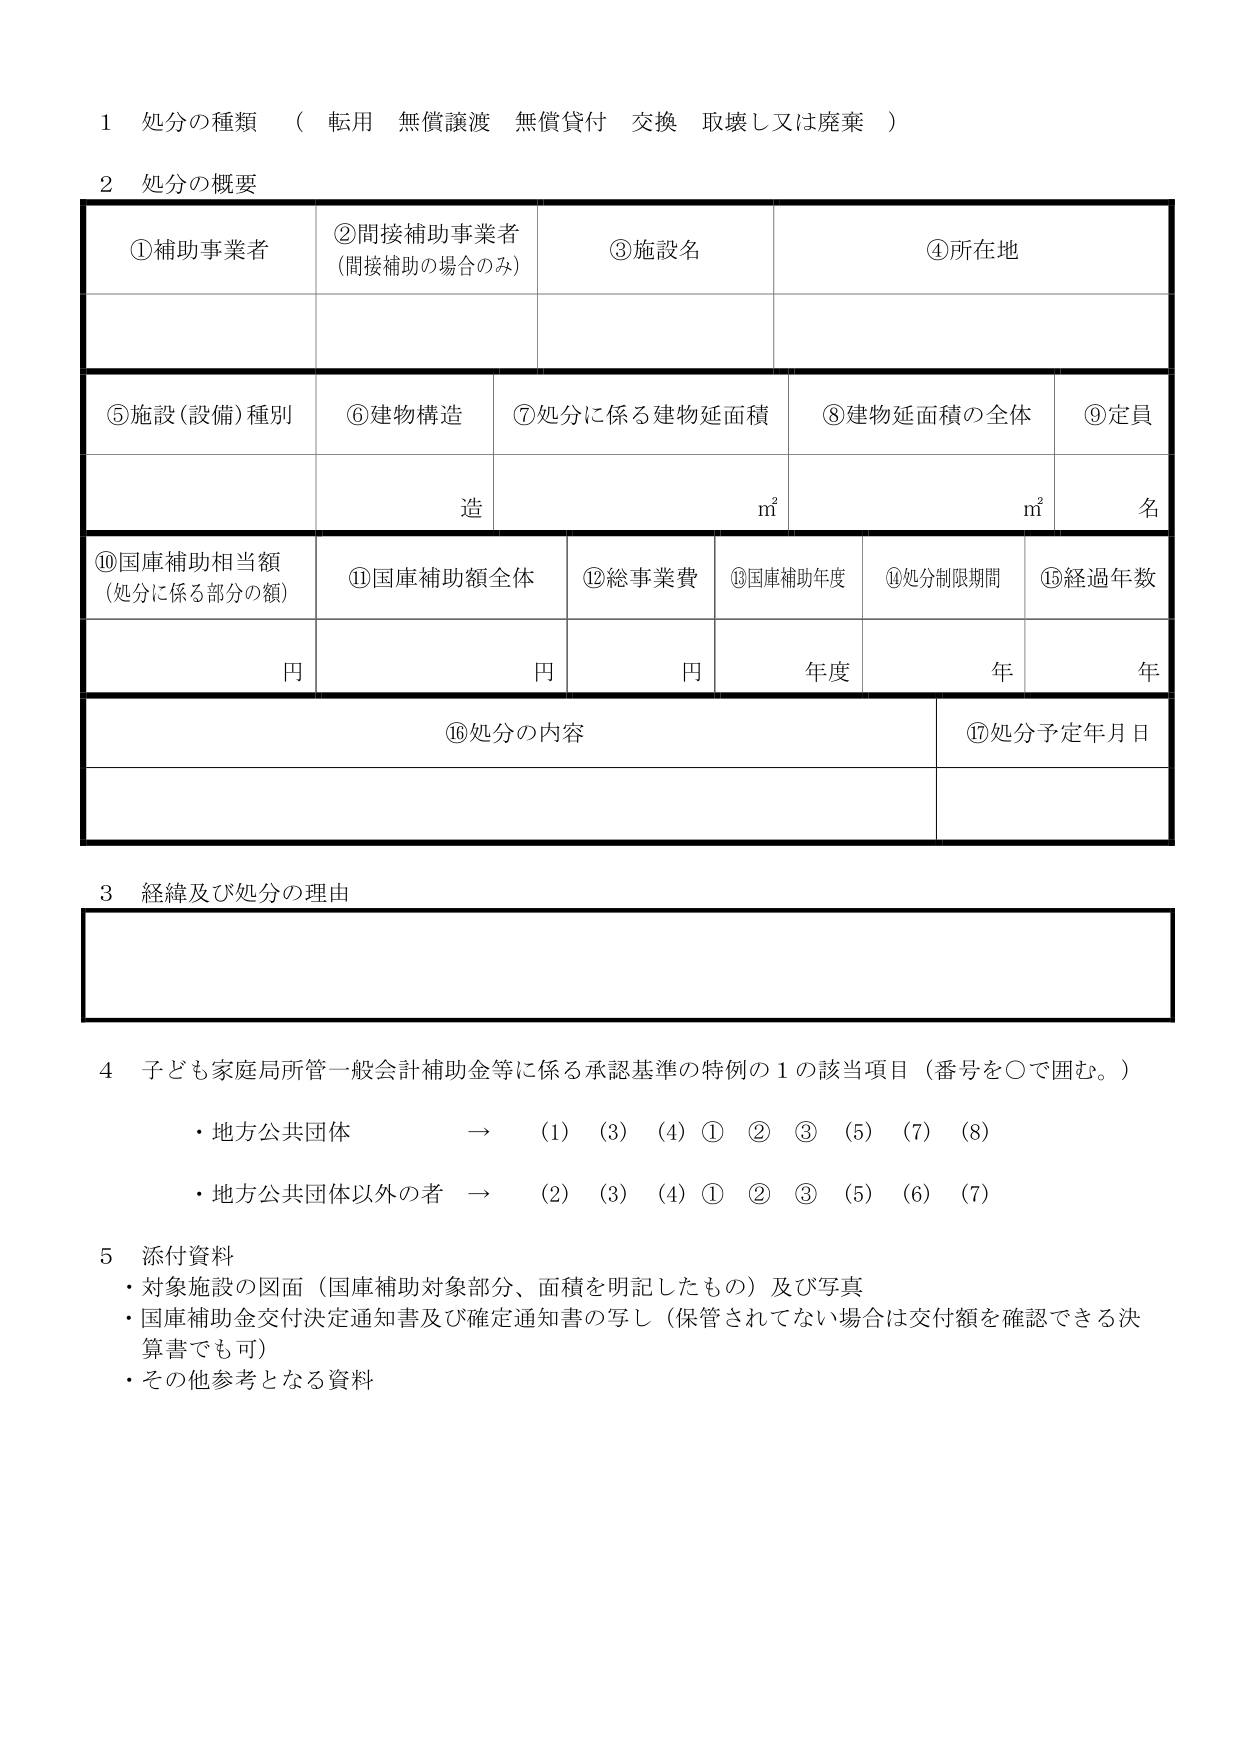
1 処分の種類 （ 転用 無償譲渡 無償貸付 交換 取壊し又は廃棄 ）

2 処分の概要

①補助事業者 ②間接補助事業者 （間接補助の場合のみ） ③施設名 ④所在地

⑤施設（設備）種別 ⑥建物構造 ⑦処分に係る建物延面積 ⑧建物延面積の全体 ⑨定員

造 ㎡ ㎡ 名

⑩国庫補助相当額 （処分に係る部分の額） ⑪国庫補助額全体 ⑫総事業費 ⑬国庫補助年度 ⑭処分制限期間 ⑮経過年数

円 円 円 年度 年 年

⑯処分の内容 ⑰処分予定年月日

3 経緯及び処分の理由

4 子ども家庭局所管一般会計補助金等に係る承認基準の特例の１の該当項目（番号を○で囲む。）

・地方公共団体 → （1）（3）（4）① ② ③ （5）（7）（8）

・地方公共団体以外の者 → （2）（3）（4）① ② ③ （5）（6）（7）

5 添付資料

・対象施設の図面（国庫補助対象部分、面積を明記したもの）及び写真

・国庫補助金交付決定通知書及び確定通知書の写し（保管されてない場合は交付額を確認できる決算書でも可）

・その他参考となる資料